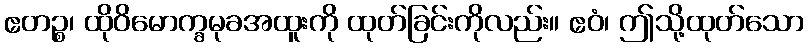
ဧတဉ္စ၊ ထိုဝိမောက္ခမုခအထူးကို ထုတ်ခြင်းကိုလည်း။ ဧဝံ၊ ဤသို့ထုတ်သော